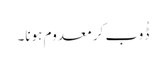
ڈُوب کر معدوم ہونا۔